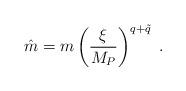
LaTeX: \begin{align*}\hat m = m \left( {\xi \over M_P} \right)^{q+ \tilde q} \ .\end{align*}